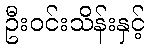
ဦးဝင်းသိန်းနှင့်